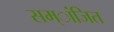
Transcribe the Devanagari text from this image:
सम्ांजित